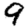
Digit: 9